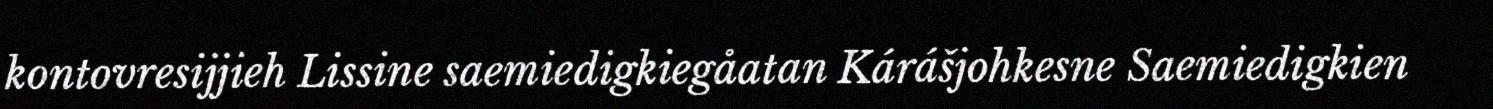
kontovresijjieh Lissine saemiedigkiegåatan Kárášjohkesne Saemiedigkien